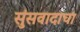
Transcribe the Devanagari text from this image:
सुंसवादाचा